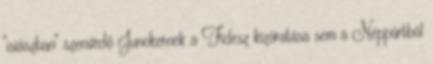
"isiászban" szenvedő Junckernek a Fidesz kizáratása sem a Néppártból